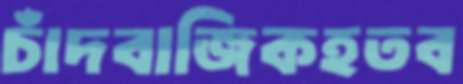
চাঁদবাজিকহতব